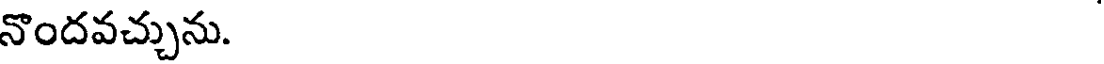
నొందవచ్చును.